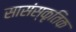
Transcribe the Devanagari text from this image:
सासंस्कृतिक